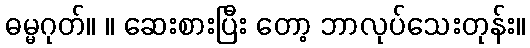
ဓမ္မဂုတ်။ ။ ဆေးစားပြီး တော့ ဘာလုပ်သေးတုန်း။